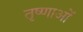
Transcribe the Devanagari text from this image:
तृष्णाओं